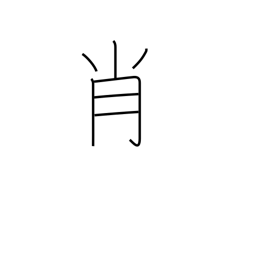
Meaning: resemblance